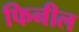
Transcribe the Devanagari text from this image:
फिनील